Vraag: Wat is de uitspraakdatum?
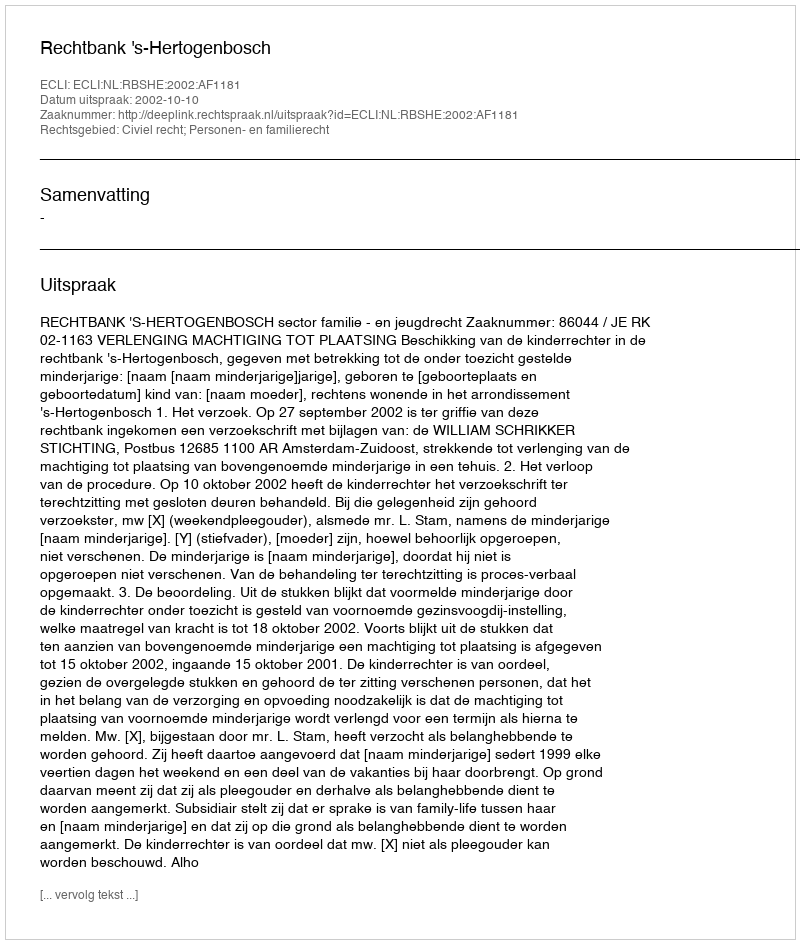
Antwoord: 2002-10-10